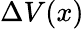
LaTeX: \Delta V(x)